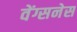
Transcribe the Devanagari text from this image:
वेंग्सनेस